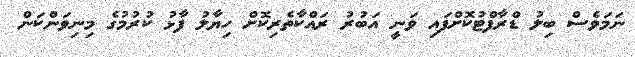
ނަމަވެސް ބިލު ޑްރާފްޓުކޮށްފައި ވަނީ އަބުރު ރައްކާތެރިކޮށް ހިޔާލު ފާޅު ކުރުމުގެ މިނިވަންކަން